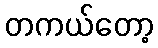
တကယ်တော့